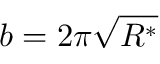
b = 2 \pi \sqrt { R ^ { * } }